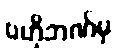
ဗဟိုဘဏ်မှ